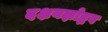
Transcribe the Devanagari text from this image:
दक्षयज्ञोद्भव